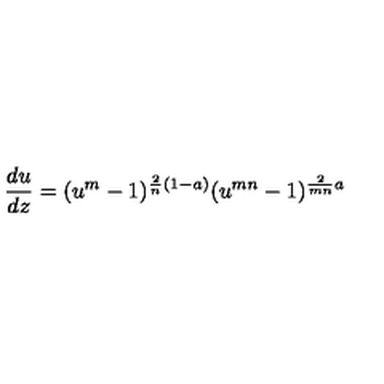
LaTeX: { \frac { d u } { d z } } = ( u ^ { m } - 1 ) ^ { { \frac { 2 } { n } } ( 1 - a ) } ( u ^ { m n } - 1 ) ^ { { \frac { 2 } { m n } } a }